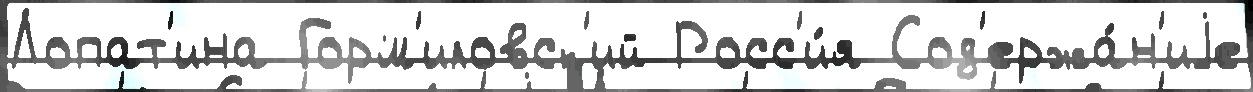
Лопат'ина Горм'иловск'ий Росс'и́я Сод'ержа́н'иjе